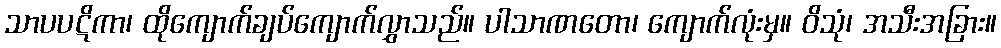
သာပပဋိကာ၊ ထိုကျောက်ချပ်ကျောက်လွှာသည်။ ပါသာဏတော၊ ကျောက်လုံးမှ။ ဝိသုံ၊ အသီးအခြား။